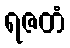
ရဇတံ